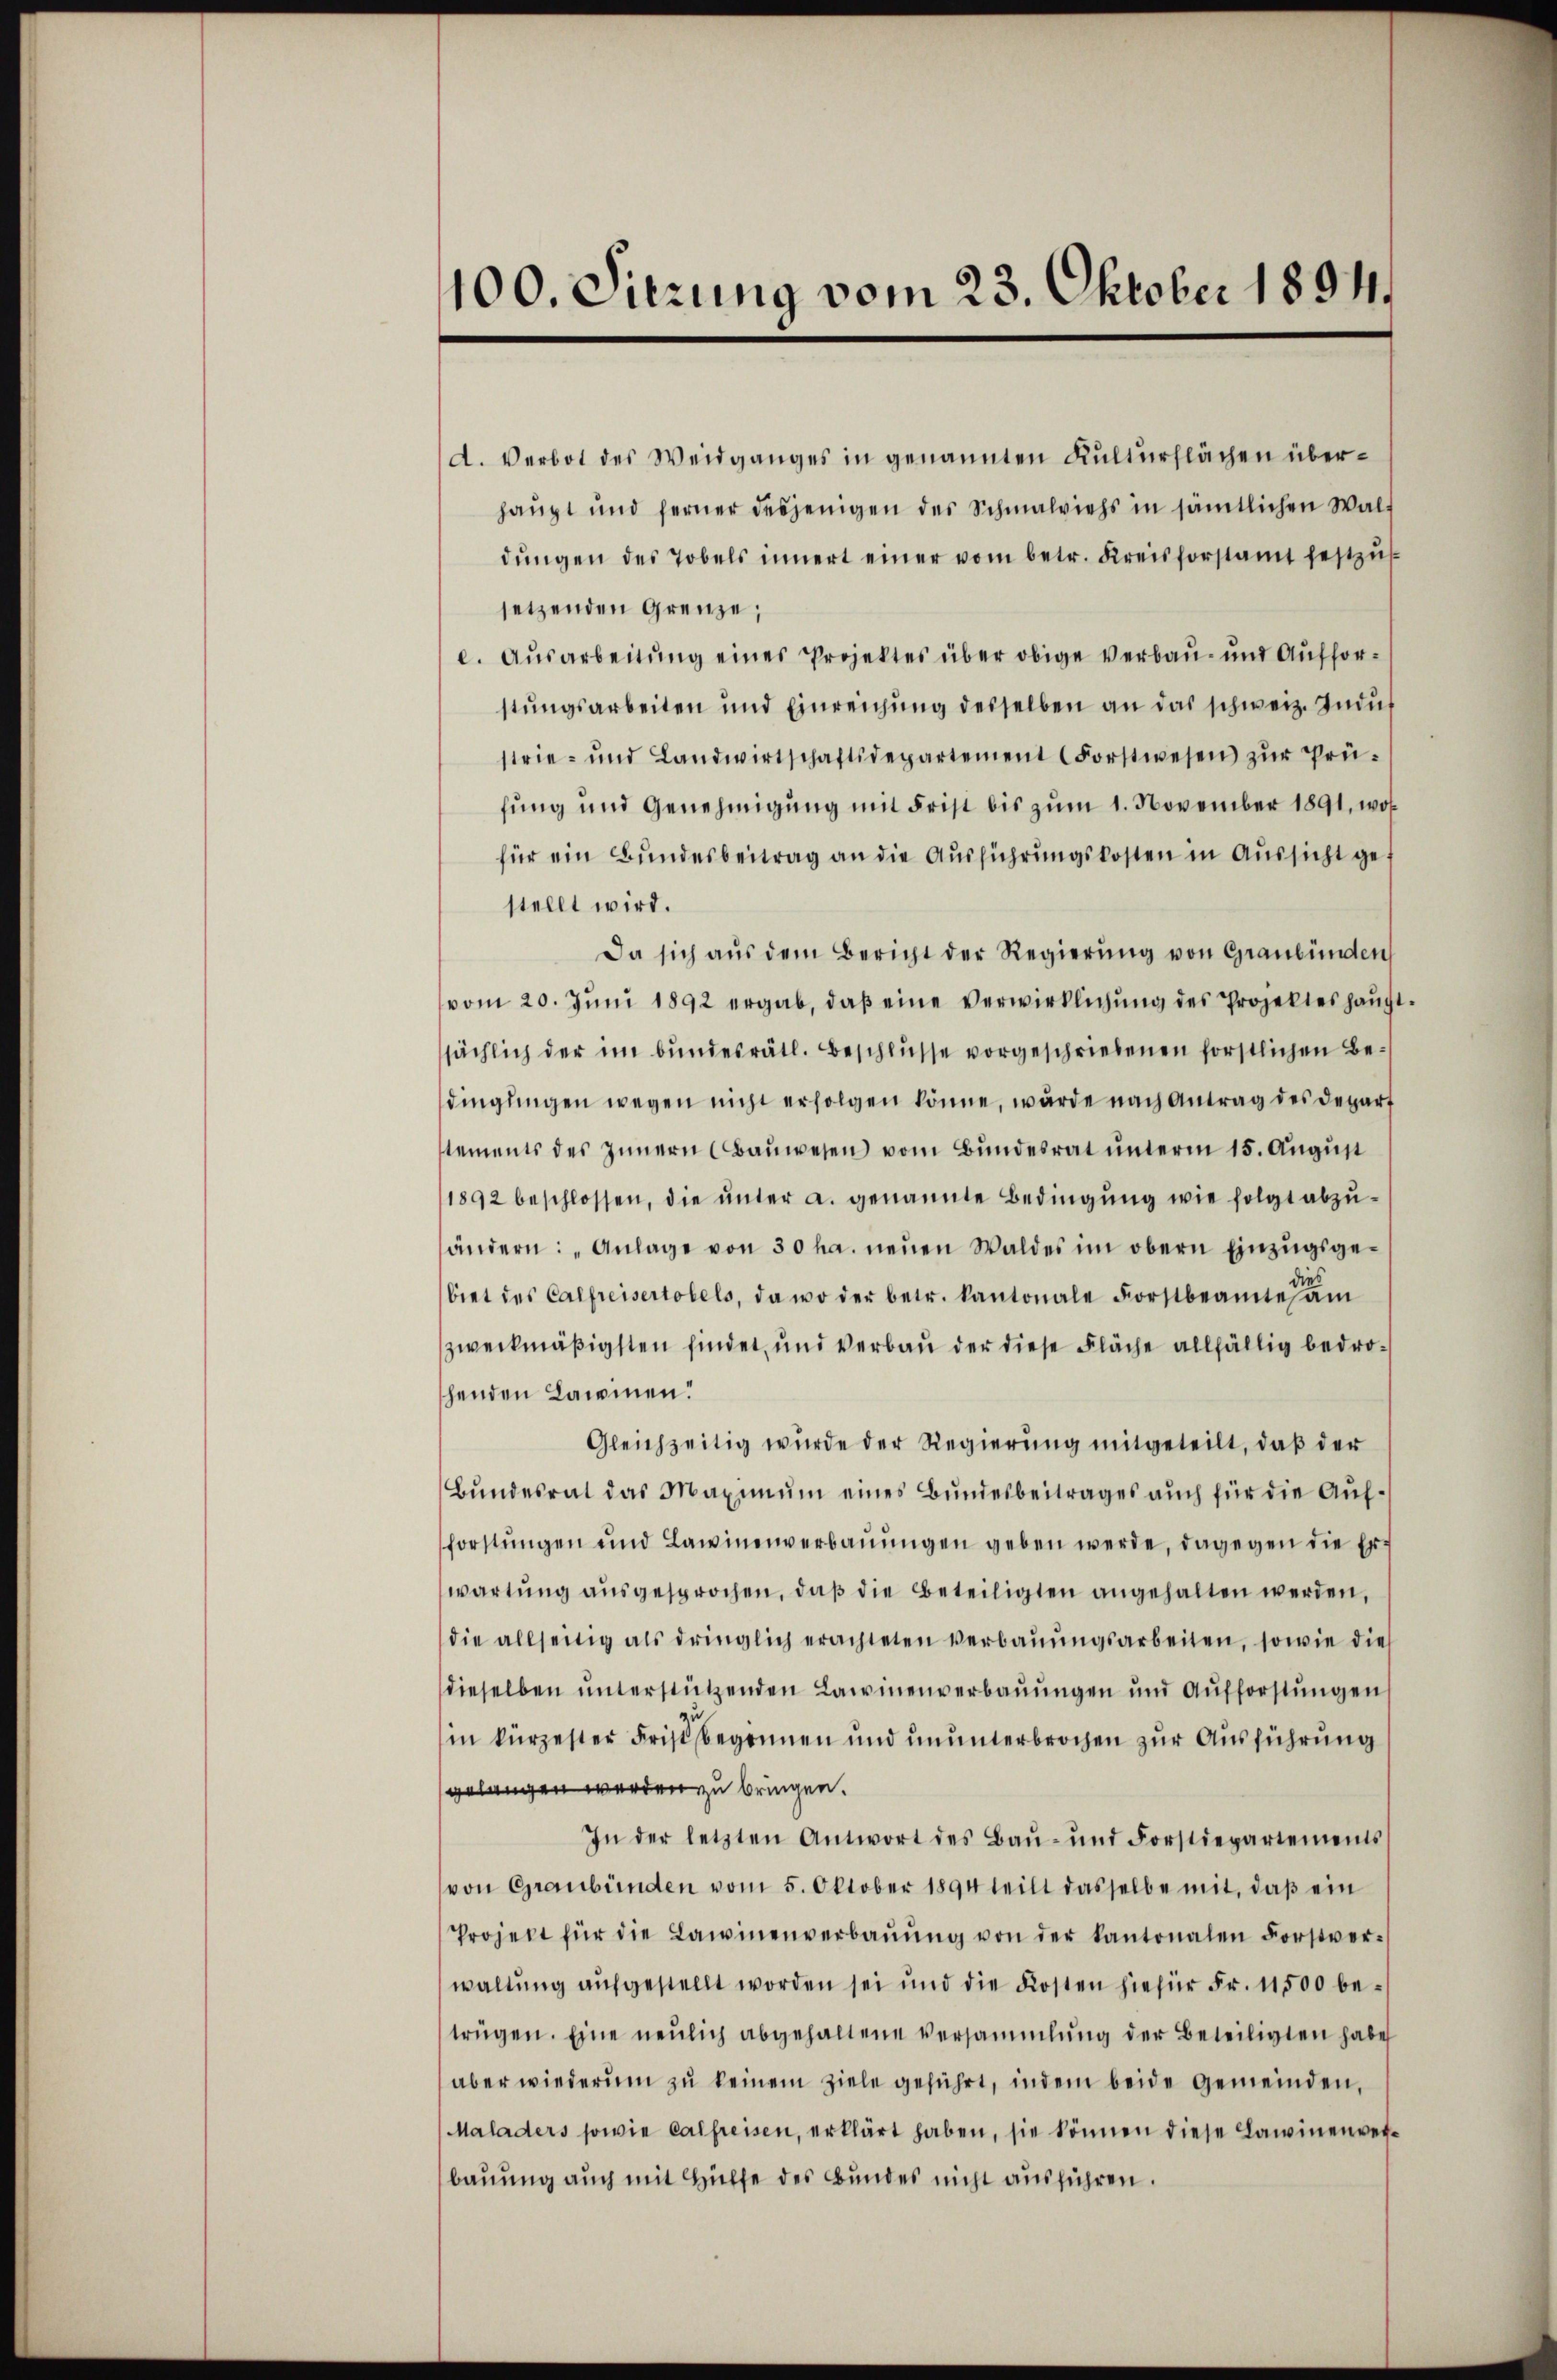
100. Sitzung vom 23. Oktober 1891.

d. Verbot des Weidganges in genannten Kulturflächen überhaŭpt und ferner desjenigen des Schmalviehs in sämtlichen Walt
dŭngen des Tobels innert einer vom betr. Kreisforstamt festzussetzenden Grenze;
e. Ausarbeitung eines Projektes über obige Verbau- und Aufforstungsarbeiten und Einreichung desselben an das schweiz. Indus
strie- und Landwirtschaftsdepartement (Forstwesen zŭr Prü-
fung und Genehmigung mit Frist bis zum 1. November 1891, wos
für ein Bundesbeitrag an die Ausführungskosten in Aussicht gestellt wird.
Da sich aŭs dem Bericht der Regierŭng von Graubünden
vom 20. Juni 1892 ergab, daß eine verwirklichung des Projektes hauptsächlich der im bundesrätl. Beschlusse vorgeschriebenen förstlichen Bedingungen wegen nicht erfolgen könne, wurde nach Antrag des Depart
stements des Innern (Baŭwesen vom Bŭndesrat ŭnterm 15. Aŭgŭst
1892 beschlossen, die ŭnter a. genannte Bedingŭng wie folgt abzŭ-
ändern: „Anlage von 30 ha. neuen Waldes im obern Einzugsgebiet des Calfreisertobels, da wo der betr. Kantonale Forstbeamtes a
zweckmäßigsten findet, und verbau der diese Fläche allfällig bedrohenden Lawinen.
Gleichzeitig wurde der Regierung mitgeteilt, daß der
Bŭndesrat das Maximŭm eines Bundesbeitrages auch für die Aufforstungen und Lawinenverbauungen geben werde, dagegen die Erwartung ausgesprochen, daß die Beteiligten angehalten werden,
die allseitig als dringlich erachteten Verbaŭŭngsarbeiten, sowie die
dieselben unterstützenden Lawinenverbauungen und Aufforstungen
in kürzester Frist begonnen und ununterbrochen zur Ausführung
gelangen werden zu bringen.
In der letzten Antwort des Baŭ- und Forstiepartements
von Graubünden vom 5. Oktober 1894 heilt dasselbe mit, daß ein
Projekt für die Lawinenverbaŭŭng von der Kantonalen Forstver-
waltung aufgestellt worden sei und die Kosten hiefür Fr. 11500 betrügen. Eine neulich abgehaltene Versammlung der Beteiligten habe
aber wiederum zŭ keinem Ziele geführt, indem beide Gemeinden,
Maladers sowie calfreisen, erklärt haben, sie können diese Lawinenverbauung auch mit Hülfe des Bundes nicht ausführen.